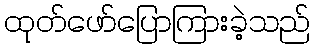
ထုတ်ဖော်ပြောကြားခဲ့သည်